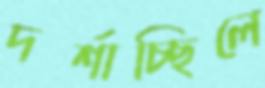
দর্শাচ্ছিলে